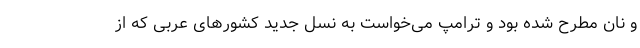
و نان مطرح شده بود و ترامپ می‌خواست به نسل جدید کشورهای عربی که از